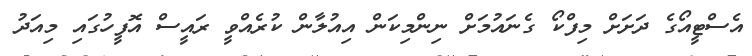
އެސްޓީއޯގެ ދަށަށް މިފްކޯ ގެނައުމަށް ނިންމިކަން އިއުލާން ކުރެއްވީ ރައީސް އޮފީހުގައި މިއަދު